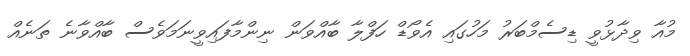
މުއާ ވިދާޅުވީ ޑިސެމްބަރު މަހުގައި އެވޯޑް ހަފްލާ ބާއްވަން ނިންމާފައިވީނަމަވެސް ބާއްވާނެ ތަނެއް